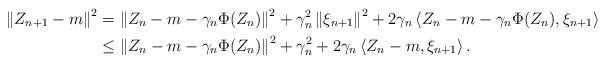
LaTeX: \begin{align*}\left\| Z_{n+1}-m \right\|^{2} & = \left\| Z_{n} - m - \gamma_{n}\Phi (Z_{n}) \right\|^{2} + \gamma_{n}^{2}\left\| \xi_{n+1} \right\|^{2} +2\gamma_{n} \left\langle Z_{n} -m - \gamma_{n} \Phi (Z_{n}) , \xi_{n+1} \right\rangle \\& \leq \left\| Z_{n} - m - \gamma_{n}\Phi (Z_{n}) \right\|^{2} + \gamma_{n}^{2} + 2\gamma_{n}\left\langle Z_{n}-m , \xi_{n+1}\right\rangle .\end{align*}